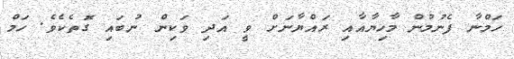
ހަމްނާ ފެނުމުން މާހިޔާއާއި ރައްޔާނަށް ވީ އަދި ވަކިން ނުބައި ގޮތެކެވެ. ހަމް